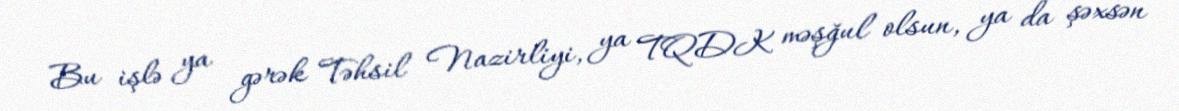
Bu işlə ya gərək Təhsil Nazirliyi, ya TQDK məşğul olsun, ya da şəxsən